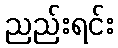
ညည်းရင်း